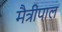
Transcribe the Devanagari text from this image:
मैत्रीपाल